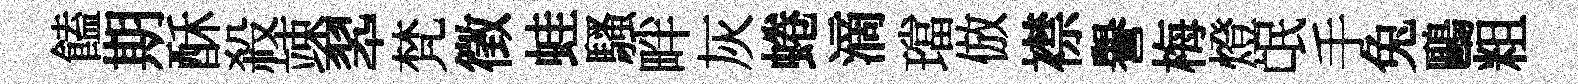
饁期酥殺竦翆梵徵蛙騷畔灰蜷滴璫倣襟譽梅燈氓手兔鷗粗